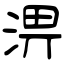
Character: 淠